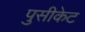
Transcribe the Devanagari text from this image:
पुसीकेट